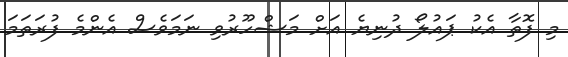
މި ފޮތާ އެކު ޕައުލޯ ދުނިޔެ އަށް މަޝްހޫރުވި ނަމަވެސް އެންމެ ފުރަތަމަ